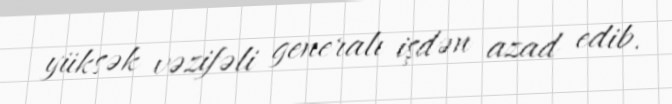
yüksək vəzifəli generalı işdən azad edib.